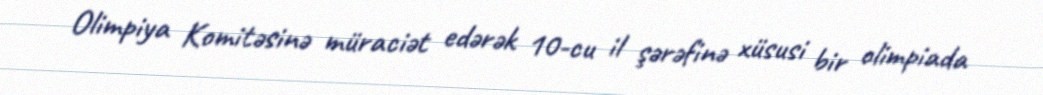
Olimpiya Komitəsinə müraciət edərək 10-cu il şərəfinə xüsusi bir olimpiada